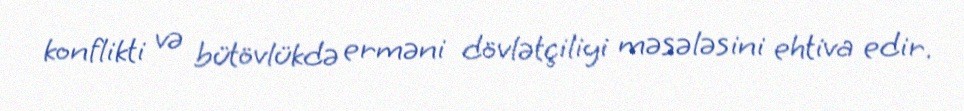
konflikti və bütövlükdə erməni dövlətçiliyi məsələsini ehtiva edir.